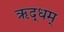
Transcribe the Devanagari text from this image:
ऋद्धम्